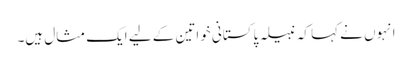
انہوں نے کہا کہ نبیلہ پاکستانی خواتین کے لیے ایک مثال ہیں۔